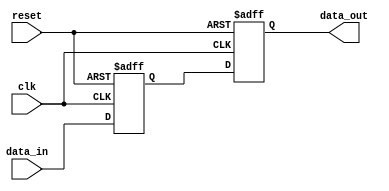
module reactive_system (
    input wire clk,
    input wire reset,
    input wire data_in,
    output reg data_out
);

    // Internal state variable
    reg state;

    // Behavioral modeling block using event control
    always @(posedge clk or posedge reset) begin
        if (reset) begin
            // Asynchronous reset
            state <= 1'b0;   // Reset state to 0
            data_out <= 1'b0; // Reset output to 0
        end else begin
            // Update state and output based on input
            state <= data_in; // Update state with data input
            data_out <= state; // Assign state to output
        end
    end

endmodule